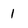
Character: 1